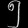
Digit: ၅